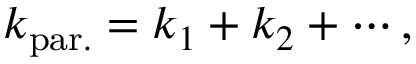
k _ { \mathrm { p a r . } } = k _ { 1 } + k _ { 2 } + \cdots ,